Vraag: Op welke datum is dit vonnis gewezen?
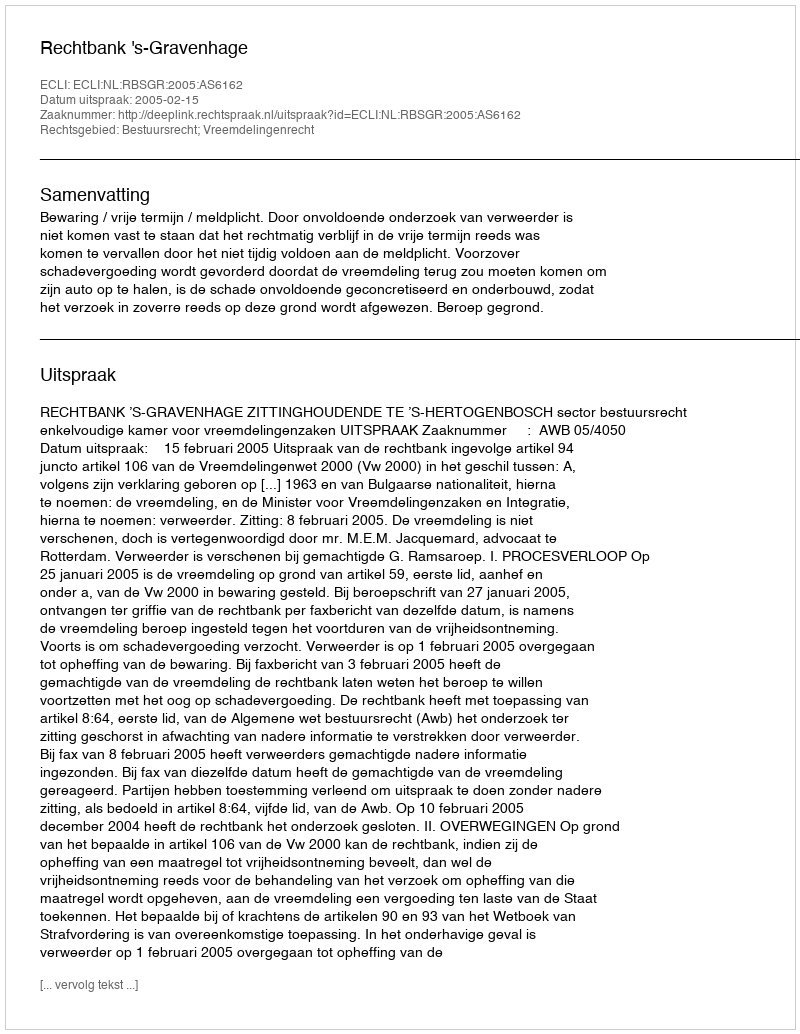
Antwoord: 2005-02-15